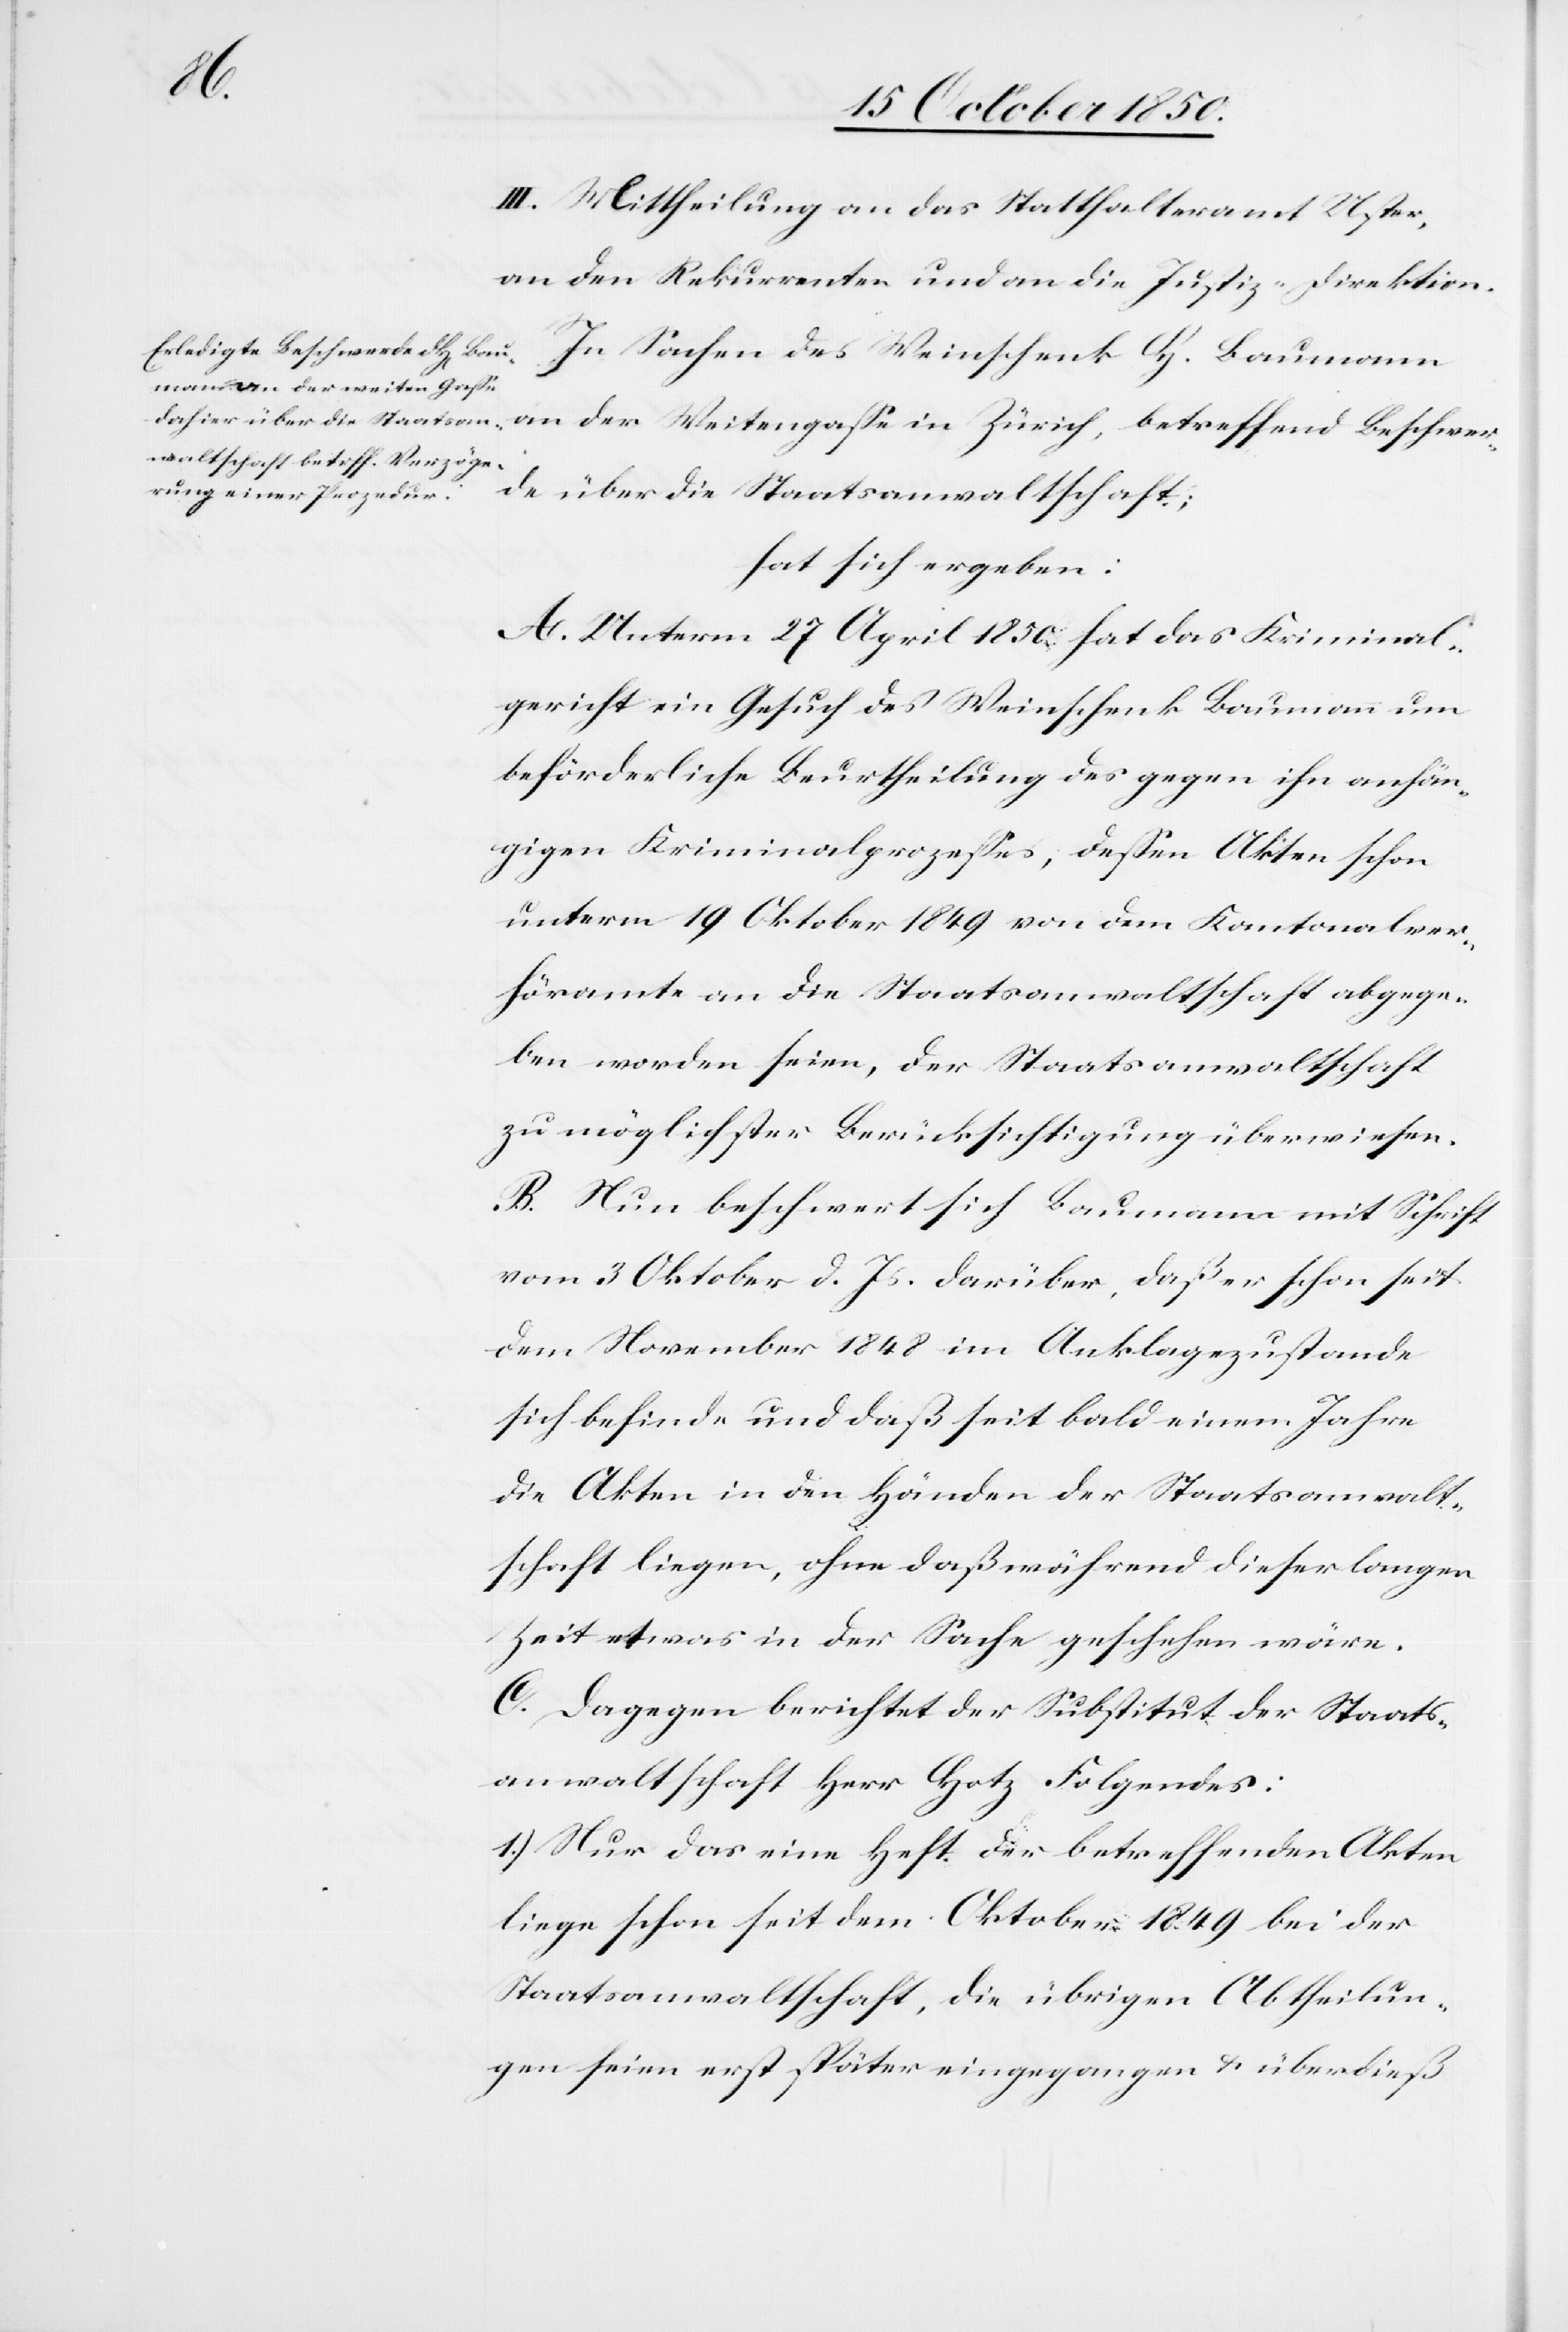
H.
III. Mittheilung an das Statthalteramt Uster,
an den Rekurrenten und an die Justiz-Direktion.
an der Weitengasse in Zürich, betreffend Beschwer¬
de über die Staatsanwaltschaft;
hat sich ergeben:
A. Unterm 27 April 1850 hat das Kriminal¬
gericht ein Gesuch des Weinschenk Baumann um
beförderliche Beurtheilung des gegen ihn anhän¬
gigen Kriminalprozesses, dessen Akten schon
unterm 19 Oktober 1849 von dem Kantonalver¬
höramte an die Staatsanwaltschaft abgege¬
ben worden seien, der Staatsanwaltschaft
zu möglichster Berücksichtigung überwiesen.
B. Nun beschwert sich Baumann mit Schrift
vom 3 Oktober d. Js. darüber, daß er schon seit
dem November 1848 im Anklagezustande
sich befinde und daß seit bald einem Jahre
die Akten in den Händen der Staatsanwalt¬
schaft liegen, ohne daß während dieser langen
Zeit etwas in der Sache geschehen wäre.
C. Dagegen berichtet der Substitut der Staats¬
anwaltschaft Herr Hotz Folgendes:
1.) Nur das eine Heft der betreffenden Akten
liege schon seit dem Oktober 1849 bei der
Staatsanwaltschaft, die übrigen Abtheilun¬
gen seien erst später eingegangen & überdieß